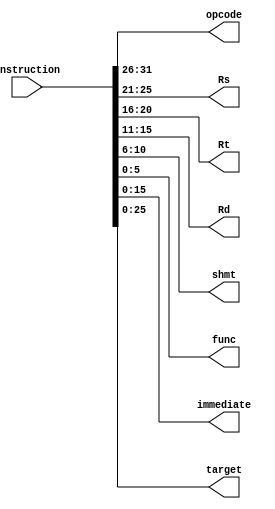
//for decoding the instruction coming out of the instruction memory
// output is then fed to control unit & register file

//  * R format ;  [opcode [31:26]\ Rs [25:21]\ Rt [20:16]\ Rd [15:11]\ shmt [10:6]\ func[5:0]]
//------------------------------------------------------------------------
//	* I format ;  [opcode [31:26]\ Rs [25:21]\ Rt [20:16]\ immediate [15:0]] 
//------------------------------------------------------------------------
//  * J format ;  [opcode [31:26]\ target [25:0] ]
//------------------------------------------------------------------------

module InstructionDecoder(opcode, Rs, Rt, Rd ,shmt, func, immediate, target, instruction);
	input [31:0]instruction;
	output [5:0]opcode;
	output [4:0]Rs;
	output [4:0]Rt;
	output [4:0]Rd;
	output [4:0]shmt;
	output [5:0]func;
	output [15:0]immediate;
	output [25:0]target;
	
	assign  	  opcode = instruction[31:26],
			      Rs = instruction[25:21],
				  Rt = instruction[20:16],
				  Rd = instruction[15:11],
				  shmt = instruction[10:6],
				  func = instruction[5:0],
				  immediate = instruction[15:0],
				  target = instruction[25:0];
endmodule